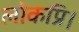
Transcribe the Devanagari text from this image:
लोकप्रि।